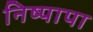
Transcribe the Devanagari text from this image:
निष्पापा